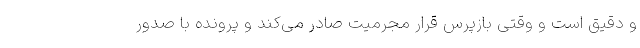
و دقیق است و وقتی بازپرس قرار مجرمیت صادر می‌کند و پرونده با صدور